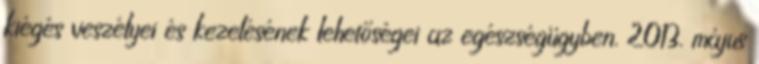
kiégés veszélyei és kezelésének lehetőségei az egészségügyben. 2013. május